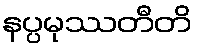
နပ္ပမုဿတီတိ